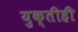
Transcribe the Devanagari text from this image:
युक्तीही